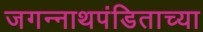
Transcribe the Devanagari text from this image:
जगन्‍नाथपंडिताच्या